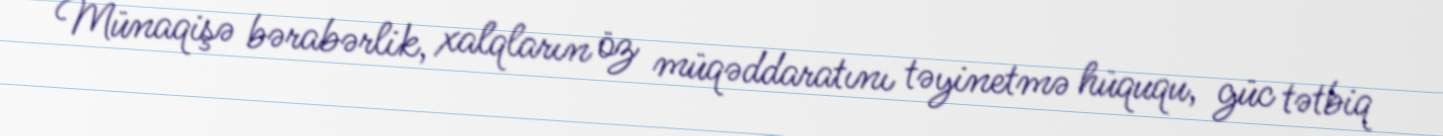
Münaqişə bərabərlik, xalqların öz müqəddaratını təyinetmə hüququ, güc tətbiq